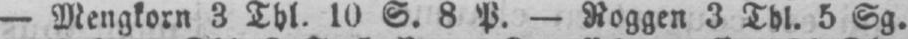
- Mengkorn 3 Thl. 10 S. 8 P. - Roggen 3 Thl. 5 Sg.